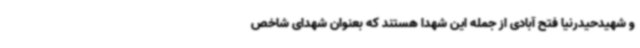
و شهیدحیدرنیا فتح آبادی از جمله این شهدا هستند که بعنوان شهدای شاخص